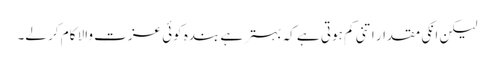
لیکن انکی مقدار اتنی کم ہوتی ہے کہ بہتر ہے بندہ کوئی عزت والا کام کر لے۔